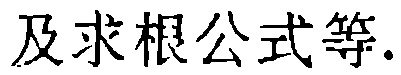
及求根公式等.